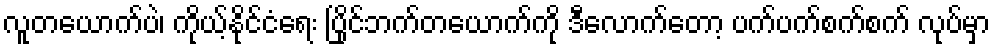
လူတယောက်ပဲ၊ ကိုယ့်နိုင်ငံရေး ပြိုင်ဘက်တယောက်ကို ဒီလောက်တော့ ပက်ပက်စက်စက် လုပ်မှာ